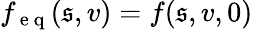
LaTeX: f_{\mathrm{~e~q~}}(\mathfrak{s},v)=f(\mathfrak{s},v,0)